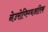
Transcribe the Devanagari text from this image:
नेउरोप्स्य्चिअतिक